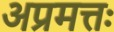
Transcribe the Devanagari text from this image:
अप्रमत्तः